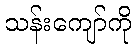
သန်းကျော်ကို